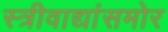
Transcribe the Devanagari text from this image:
स्त्रीवाद्यांसमोर